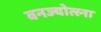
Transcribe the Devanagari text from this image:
वनज्योत्स्ना